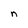
Character: n